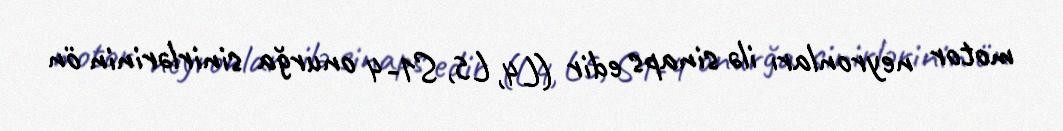
motor neyronları ilə sinaps edir (L4, L5, S1-4 onurğa sinirlərinin ön